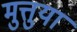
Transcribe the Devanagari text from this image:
मुत्तुया